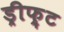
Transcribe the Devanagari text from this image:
ड्रीफ़्ट